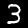
Label: 3